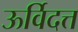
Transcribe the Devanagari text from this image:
ऊर्विदत्त